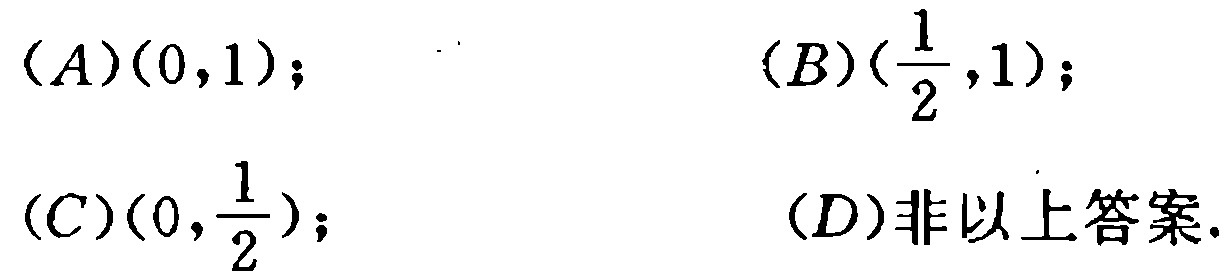
$(A)(0,1);\ \ \ \ \ \ \ \ \ \ \ \ \ \ \ \ \ \ \ \ \ \ \ \ \ \ \ \ \ \ \ \ \ \ \ \ \ \ \ \ \ \ \ \ \ \ \ \ \ \ \ \ \ \ \ \ \ \ \ \ \ \ \ \ \ \ \ \ \ \ \ \ \ \ \ \ \ \ \ \ \ \ \ \ \ \ \ \ \ \ \ \ \ \ \ \ \ \ \ \ \ \ \ \ \ \ \ \ \ \ \ \ \ \ \ \ \ \ \ \ \ \ \ \ \ \ \ \ \ \ \ \ \ \ \ \ \ \ \ \ \ \ \ \ \ \ \ \ \ \ \ \ \ \ \ \ \ \ \ \ \ \ \ \ \ \ \ \ \ \ \ \ \ \ \ \ \ \ \ \ \ \ \ \ \ \ \ \ \ \ \ \ \ \ \ \ \ \ \ \ \ \ \ \ \ \ \ \ \ \ \ \ \ \ \ \ \ \ \ \ \ \ \ \ \ \ \ \ \ \ \ \ \ \ \ \ \ \ \ \ \ \ \ \ \ \ \ \ \ \ \ \ \ \ \ \ \ \ \ \ \ \ \ \ \ \ \ \ \ \ \ \ \ \ \ \ \ \ \ \ \ \ \ \ \ \ \ \ \ \ \ \ \ \ \ \ \ \ \ \ \ \ \ \ \ \ \ \ \ \ \ \ \ \ \ \ \ \ \ \ \ \ \ \ \ \ \ \ \ \ \ \ \ \ \ \ \ \ \ \ \ \ \ \ \ \ \ \ \ \ \ \ \ \ \ \ \ \ \ \ \ \ \ \ \ \ \ \ \ \ \ \ \ \ \ \ \ \ \ \ \ \ \ \ \ \ \ \ \ \ \ \ \ \ \ \ \ \ \ \ \ \ \ \ \ \ \ \ \ \ \ \ \ \ \ \ \ \ \ \ \ \ \ \ \ \ \ \ \ \ \ \ \ \ \ \ \ \ \ \ \ \ \ \ \ \ \ \ \ \ \ \ \ \ \ \ \ \ \ \ \ \ \ \ \ \ \ \ \ \ \ \ \ \ \ \ \ \ \ \ \ \ \ \ \ \ \ \ \ \ \ \ \ \ \ \ \ \ \ \ \ \ \ \ \ \ \ \ \ \ \ \ \ \ \ \ \ \ \ \ \ \ \ \ \ \ \ \ \ \ \ \ \ \ \ \ \ \ \ \ \ \ \ \ \ \ \ \ \ \ \ \ \ \ \ \ \ \ \ \ \ \ \ \ \ \ \ \ \ \ \ \ \ \ \ \ \ \ \ \ \ \ \ \ \ \ \ \ \ \ \ \ \ \ \ \ \ \ \ \ \ \ \ \ \ \ \ \ \ \ \ \ \ \ \ \ \ \ \ \ \ \ \ \ \ \ \ \ \ \ \ \ \ \ \ \ \ \ \ \ \ \ \ \ \ \ \ \ \ \ \ \ \ \ \ \ \ \ \ \ \ \ \ \ \ \ \ \ \ \ \ \ \ \ \ \ \ \ \ \ \ \ \ \ \ \ \ \ \ \ \ \ \ \ \ \ \ \ \ \ \ \ \ \ \ \ \ \ \ \ \ \ \ \ \ \ \ \ \ \ \ \ \ \ \ \ \ \ \ \ \ \ \ \ \ \ \ \ \ \ \ \ \ \ \ \ \ \ \ \ \ \ \ \ \ \ \ \ \ \ \ \ \ \ \ \ \ \ \ \ \ \ \ \ \ \ \ \ \ \ \ \ \ \ \ \ \ \ \ \ \ \ \ \ \ \ \ \ \ \ \ \ \ \ \ \ \ \ \ \ \ \ \ \ \ \ \ \ \ \ \ \ \ \ \ \ \ \ \ \ \ \ \ \ \ \ \ \ \ \ \ \ \ \ \ \ \ \ \ \ \ \ \ \ \ \ \ \ \ \ \ \ \ \ \ \ \ \ \ \ \ \ \ \ \ \ \ \ \ \ \ \ \ \ \ \ \ \ \ \ \ \ \ \ \ \ \ \ \ \ \ \ \ \ \ \ \ \ \ \ \ \ \ \ \ \ \ \ \ \ \ \ \ \ \ \ \ \ \ \ \ \ \ \ \ \ \ \ \ \ \ \ \ \ \ \ \ \ \ \ \ \ \ \ \ \ \ \ \ \ \ \ \ \ \ \ \ \ \ \ \ \ \ \ \ \ \ \ \ \ \ \ \ \ \ \ \ \ \ \ \ \ \ \ \ \ \ \ \ \ \ \ \ \ \ \ \ \ \ \ \ \ \ \ \ \ \ \ \ \ \ \ \ \ \ \ \ \ \ \ \ \ \ \ \ \ \ \ \ \ \ \ \ \ \ \ \ \ \ \ \ \ \ \ \ \ \ \ \ \ \ \ \ \ \ \ \ \ \ \ \ \ \ \ \ \ \ \ \ \ \ \ \ \ \ \ \ \ \ \ \ \ \ \ \ \ \ \ \ \ \ \ \ \ \ \ \ \ \ \ \ \ \ \ \ \ \ \ \ \ \ \ \ \ \ \ \ \ \ \ \ \ \ \ \ \ \ \ \ \ \ \ \ \ \ \ \ \ \ \ \ \ \ \ \ \ \ \ \ \ \ \ \ \ \ \ \ \ \ \ \ \ \ \ \ \ \ \ \ \ \ \ \ \ \ \ \ \ \ \ \ \ \ \ \ \ \ \ \ \ \ \ \ \ \ \ \ \ \ \ \ \ \ \ \ \ \ \ \ \ \ \ \ \ \ \ \ \ \ \ \ \ \ \ \ \ \ \ \ \ \ \ \ \ \ \ \ \ \ \ \ \ \ \ \ \ \ \ \ \ \ \ \ \ \ \ \ \ \ \ \ \ \ \ \ \ \ \ \ \ \ \ \ \ \ \ \ \ \ \ \ \ \ \ \ \ \ \ \ \ \ \ \ \ \ \ \ \ \ \ \ \ \ \ \ \ \ \ \ \ \ \ \ \ \ \ \ \ \ \ \ \ \ \ \ \ \ \ \ \ \ \ \ \ \ \ \ \ \ \ \ \ \ \ \ \ \ \ \ \ \ \ \ \ \ \ \ \ \ \ \ \ \ \ \ \ \ \ \ \ \ \ \ \ \ \ \ \ \ \ \ \ \ \ \ \ \ \ \ \ \ \ \ \ \ \ \ \ \ \ \ \ \ \ \ \ \ \ \ \ \ \ \ \ \ \ \ \ \ \ \ \ \ \ \ \ \ \ \ \ \ \ \ \ \ \ \ \ \ \ \ \ \ \ \ \ \ \ \ \ \ \ \ \ \ \ \ \ \ \ \ \ \ \ \ \ \ \ \ \ \ \ \ \ \ \ \ \ \ \ \ \ \ \ \ \ \ \ \ \ \ \ \ \ \ \ \ \ \ \ \ \ \ \ \ \ \ \ \ \ \ \ \ \ \ \ \ \ \ \ \ \ \ \ \ \ \ \ \ \ \ \ \ \ \ \ \ \ \ \ \ \ \ \ \ \ \ \ \ \ \ \ \ \ \ \ \ \ \ \ \ \ \ \ \ \ \ \ \ \ \ \ \ \ \ \ \ \ \ \ \ \ \ \ \ \ \ \ \ \ \ \ \ \ \ \ \ \ \ \ \ \ \ \ \ \ \ \ \ \ \ \ \ \ \ \ \ \ \ \ \ \ \ \ \ \ \ \ \ \ \ \ \ \ \ \ \ \ \ \ \ \ \ \ \ \ \ \ \ \ \ \ \ \ \ \ \ \ \ \ \ \ \ \ \ \ \ \ \ \ \ \ \ \ \ \ \ \ \ \ \ \ \ \ \ \ \ \ \ \ \ \ \ \ \ \ \ \ \ \ \ \ \ \ \ \ \ \ \ \ \ \ \ \ \ \ \ \ \ \ \ \ \ \ \ \ \ \ \ \ \ \ \ \ \ \ \ \ \ \ \ \ \ \ \ \ \ \ \ \ \ \ \ \ \ \ \ \ \ \ \ \ \ \ \ \ \ \ \ \ \ \ \ \ \ \ \ \ \ \ \ \ \ \ \ \ \ \ \ \ \ \ \ \ \ \ \ \ \ \ \ \ \ \ \ \ \ \ \ \ \ \ \ \ \ \ \ \ \ \ \ \ \ \ \ \ \ \ \ \ \ \ \ \ \ \ \ \ \ \ \ \ \ \ \ \ \ \ \ \ \ \ \ \ \ \ \ \ \ \ \ \ \ \ \ \ \ \ \ \ \ \ \ \ \ \ \ \ \ \ \ \ \ \ \ \ \ \ \ \ \ \ \ \ \ \ \ \ \ \ \ \ \ \ \ \ \ \ \ \ \ \ \ \ \ \ \ \ \ \ \ \ \ \ \ \ \ \ \ \ \ \ \ \ \ \ \ \ \ \ \ \ \ \ \ \ \ \ \ \ \ \ \ \ \ \ \ \ \ \ \ \ \ \ \ \ \ \ \ \ \ \ \ \ \ \ \ \ \ \ \ \ \ \ \ \ \ \ \ \ \ \ \ \ \ \ \ \ \ \ \ \ \ \ \ \ \ \ \ \ \ \ \ \ \ \ \ \ \ \ \ \ \ \ \ \ \ \ \ \ \ \ \ \ \ \ \ \ \ \ \ \ \ \ \ \ \ \ \ \ \ \ \ \ \ \ \ \ \ \ \ \ \ \ \ \ \ \ \ \ \ \ \ \ \ \ \ \ \ \ \ \ \ \ \ \ \ \ \ \ \ \ \ \ \ \ \ \ \ \ \ \ \ \ \ \ \ \ \ \ \ \ \ \ \ \ \ \ \ \ \ \ \ \ \ \ \ \ \ \ \ \ \ \ \ \ \ \ \ \ \ \ \ \ \ \ \ \ \ \ \ \ \ \ \ \ \ \ \ \ \ \ \ \ \ \ \ \ \ \ \ \ \ \ \ \ \ \ \ \ \ \ \ \ \ \ \ \ \ \ \ \ \ \ \ \ \ \ \ \ \ \ \ \ \ \ \ \ \ \ \ \ \ \ \ \ \ \ \ \ \ \ \ \ \ \ \ \ \ \ \ \ \ \ \ \ \ \ \ \ \ \ \ \ \ \ \ \ \ \ \ \ \ \ \ \ \ \ \ \ \ \ \ \ \ \ \ \ \ \ \ \ \ \ \ \ \ \ \ \ \ \ \ \ \ \ \ \ \ \ \ \ \ \ \ \ \ \ \ \ \ \ \ \ \ \ \ \ \ \ \ \ \ \ \ \ \ \ \ \ \ \ \ \ \ \ \ \ \ \ \ \ \ \ \ \ \ \ \ \ \ \ \ \ \ \ \ \ \ \ \ \ \ \ \ \ \ \ \ \ \ \ \ \ \ \ \ \ \ \ \ \ \ \ \ \ \ \ \ \ \ \ \ \ \ \ \ \ \ \ \ \ \ \ \ \ \ \ \ \ \ \ \ \ \ \ \ \ \ \ \ \ \ \ \ \ \ \ \ \ \ \ \ \ \ \ \ \ \ \ \ \ \ \ \ \ \ \ \ \ \ \ \ \ \ \ \ \ \ \ \ \ \ \ \ \ \ \ \ \ \ \ \ \ \ \ \ \ \ \ \ \ \ \ \ \ \ \ \ \ \ \ \ \ \ \ \ \ \ \ \ \ \ \ \ \ \ \ \ \ \ \ \ \ \ \ \ \ \ \ \ \ \ \ \ \ \ \ \ \ \ \ \ \ \ \ \ \ \ \ \ \ \ \ \ \ \ \ \ \ \ \ \ \ \ \ \ \ \ \ \ \ \ \ \ \ \ \ \ \ \ \ \ \ \ \ \ \ \ \ \ \ \ \ \ \ \ \ \ \ \ \ \ \ \ \ \ \ \ \ \ \ \ \ \ \ \ \ \ \ \ \ \ \ \ \ \ \ \ \ \ \ \ \ \ \ \ \ \ \ \ \ \ \ \ \ \ \ \ \ \ \ \ \ \ \ \ \ \ \ \ \ \ \ \ \ \ \ \ \ \ \ \ \ \ \ \ \ \ \ \ \ \ \ \ \ \ \ \ \ \ \ \ \ \ \ \ \ \ \ \ \ \ \ \ \ \ \ \ \ \ \ \ \ \ \ \ \ \ \ \ \ \ \ \ \ \ \ \ \ \ \ \ \ \ \ \ \ \ \ \ \ \ \ \ \ \ \ \ \ \ \ \ \ \ \ \ \ \ \ \ \ \ \ \ \ \ \ \ \ \ \ \ \ \ \ \ \ \ \ \ \ \ \ \ \ \ \ \ \ \ \ \ \ \ \ \ \ \ \ \ \ \ \ \ \ \ \ \ \ \ \ \ \ \ \ \ \ \ \ \ \ \ \ \ \ \ \ \ \ \ \ \ \ \ \ \ \ \ \ \ \ \ \ \ \ \ \ \ \ \ \ \ \ \ \ \ \ \ \ \ \ \ \ \ \ \ \ \ \ \ \ \ \ \ \ \ \ \ \ \ \ \ \ \ \ \ \ \ \ \ \ \ \ \ \ \ \ \ \ \ \ \ \ \ \ \ \ \ \ \ \ \ \ \ \ \ \ \ \ \ \ \ \ \ \ \ \ \ \ \ \ \ \ \ \ \ \ \ \ \ \ \ \ \ \ \ \ \ \ \ \ \ \ \ \ \ \ \ \ \ \ \ \ \ \ \ \ \ \ \ \ \ \ \ \ \ \ \ \ \ \ \ \ \ \ \ \ \ \ \ \ \ \ \ \ \ \ \ \ \ \ \ \ \ \ \ \ \ \ \ \ \ \ \ \ \ \ \ \ \ \ \ \ \ \ \ \ \ \ \ \ \ \ \ \ \ \ \ \ \ \ \ \ \ \ \ \ \ \ \ \ \ \ \ \ \ \ \ \ \ \ \ \ \ \ \ \ \ \ \ \ \ \ \ \ \ \ \ \ \ \ \ \ \ \ \ \ \ \ \ \ \ \ \ \ \ \ \ \ \ \ \ \ \ \ \ \ \ \ \ \ \ \ \ \ \ \ \ \ \ \ \ \ \ \ \ \ \ \ \ \ \ \ \ \ \ \ \ \ \ \ \ \ \ \ \ \ \ \ \ \ \ \ \ \ \ \ \ \ \ \ \ \ \ \ \ \ \ \ \ \ \ \ \ \ \ \ \ \ \ \ \ \ \ \ \ \ \ \ \ \ \ \ \ \ \ \ \ \ \ \ \ \ \ \ \ \ \ \ \ \ \ \ \ \ \ \ \ \ \ \ \ \ \ \ \ \ \ \ \ \ \ \ \ \ \ \ \ \ \ \ \ \ \ \ \ \ \ \ \ \ \ \ \ \ \ \ \ \ \ \ \ \ \ \ \ \ \ \ \ \ \ \ \ \ \ \ \ \ \ \ \ \ \ \ \ \ \ \ \ \ \ \ \ \ \ \ \ \ \ \ \ \ \ \ \ \ \ \ \ \ \ \ \ \ \ \ \ \ \ \ \ \ \ \ \ \ \ \ \ \ \ \ \ \ \ \ \ \ \ \ \ \ \ \ \ \ \ \ \ \ \ \ \ \ \ \ \ \ \ \ \ \ \ \ \ \ \ \ \ \ \ \ \ \ \ \ \ \ \ \ \ \ \ \ \ \ \ \ \ \ \ \ \ \ \ \ \ \ \ \ \ \ \ \ \ \ \ \ \ \ \ \ \ \ \ \ \ \ \ \ \ \ \ \ \ \ \ \ \ \ \ \ \ \ \ \ \ \ \ \ \ \ \ \ \ \ \ \ \ \ \ \ \ \ \ \ \ \ \ \ \ \ \ \ \ \ \ \ \ \ \ \ \ \ \ \ \ \ \ \ \ \ \ \ \ \ \ \ \ \ \ \ \ \ \ \ \ \ \ \ \ \ \ \ \ \ \ \ \ \ \ \ \ \ \ \ \ \ \ \ \ \ \ \ \ \ \ \ \ \ \ \ \ \ \ \ \ \ \ \ \ \ \ \ \ \ \ \ \ \ \ \ \ \ \ \ \ \ \ \ \ \ \ \ \ \ \ \ \ \ \ \ \ \ \ \ \ \ \ \ \ \ \ \ \ \ \ \ \ \ \ \ \ \ \ \ \ \ \ \ \ \ \ \ \ \ \ \ \ \ \ \ \ \ \ \ \ \ \ \ \ \ \ \ \ \ \ \ \ \ \ \ \ \ \ \ \ \ \ \ \ \ \ \ \ \ \ \ \ \ \ \ \ \ \ \ \ \ \ \ \ \ \ \ \ \ \ \ \ \ \ \ \ \ \ \ \ \ \ \ \ \ \ \ \ \ \ \ \ \ \ \ \ \ \ \ \ \ \ \ \ \ \ \ \ \ \ \ \ \ \ \ \ \ \ \ \ \ \ \ \ \ \ \ \ \ \ \ \ \ \ \ \ \ \ \ \ \ \ \ \ \ \ \ \ \ \ \ \ \ \ \ \ \ \ \ \ \ \ \ \ \ \ \ \ \ \ \ \ \ \ \ \ \ \ \ \ \ \ \ \ \ \ \ \ \ \ \ \ \ \ \ \ \ \ \ \ \ \ \ \ \ \ \ \ \ \ \ \ \ \ \ \ \ \ \ \ \ \ \ \ \ \ \ \ \ \ \ \ \ \ \ \ \ \ \ \ \ \ \ \ \ \ \ \ \ \ \ \ \ \ \ \ \ \ \ \ \ \ \ \ \ \ \ \ \ \ \ \ \ \ \ \ \ \ \ \ \ \ \ \ \ \ \ \ \ \ \ \ \ \ \ \ \ \ \ \ \ \ \ \ \ \ \ \ \ \ \ \ \ \ \ \ \ \ \ \ \ \ \ \ \ \ \ \ \ \ \ \ \ \ \ \ \ \ \ \ \ \ \ \ \ \ \ \ \ \ \ \ \ \ \ \ \ \ \ \ \ \ \ \ \ \ \ \ \ \ \ \ \ \ \ \ \ \ \ \ \ \ \ \ \ \ \ \ \ \ \ \ \ \ \ \ \ \ \ \ \ \ \ \ \ \ \ \ \ \ \ \ \ \ \ \ \ \ \ \ \ \ \ \ \ \ \ \ \ \ \ \ \ \ \ \ \ \ \ \ \ \ \ \ \ \ \ \ \ \ \ \ \ \ \ \ \ \ \ \ \ \ \ \ \ \ \ \ \ \ \ \ \ \ \ \ \ \ \ \ \ \ \ \ \ \ \ \ \ \ \ \ \ \ \ \ \ \ \ \